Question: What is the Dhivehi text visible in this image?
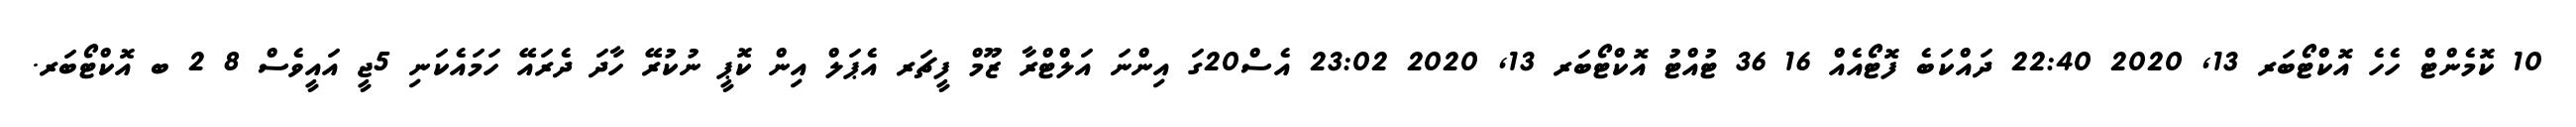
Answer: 10 ކޮމެންޓް ހެހެ އޮކްޓޯބަރ 13, 2020 22:40 ދައްކަބެ ފޮޓޯއެއް 16 36 ޓުއްޓު އޮކްޓޯބަރ 13, 2020 23:02 އެސް20ގަ އިންނަ އަލްޓްރާ ޒޫމް ފީޗަރ އެޕަލް އިން ކޮޕީ ނުކުރޭ ހާދަ ދެރައޭ ހަމައެކަނި 5ޖީ އައީވެސް 8 2 ބ އޮކްޓޯބަރ.